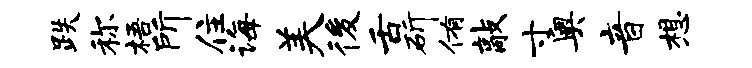
跌称梧所住诲美後舌斫侑敲寸奥音想